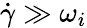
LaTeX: \dot{\gamma}\gg\omega_{i}